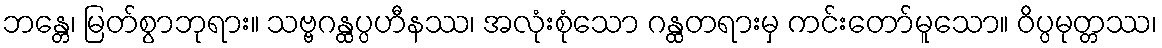
ဘန္တေ၊ မြတ်စွာဘုရား။ သဗ္ဗဂန္ထပ္ပဟီနဿ၊ အလုံးစုံသော ဂန္ထတရားမှ ကင်းတော်မူသော။ ဝိပ္ပမုတ္တဿ၊